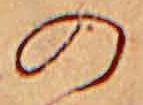
の